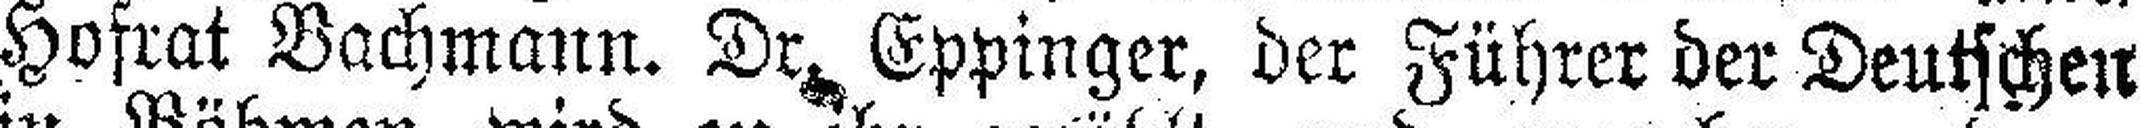
Hofrat Bachmann. Dr. Eppinger, der Führer der Deutschen